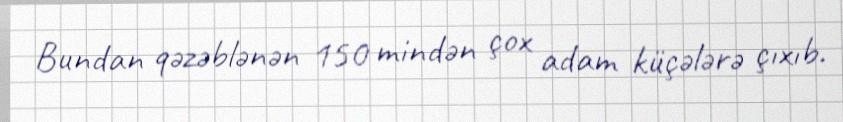
Bundan qəzəblənən 150 mindən çox adam küçələrə çıxıb.